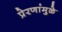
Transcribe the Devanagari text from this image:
प्रेरणांमुळे